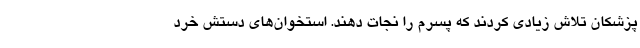
پزشکان تلاش زیادی کردند که پسرم را نجات دهند. استخوان‌های دستش خرد